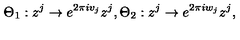
\Theta _ { 1 } : z ^ { j } \rightarrow e ^ { 2 \pi i v _ { j } } z ^ { j } , \Theta _ { 2 } : z ^ { j } \rightarrow e ^ { 2 \pi i w _ { j } } z ^ { j } ,